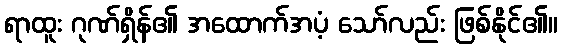
ရာထူး ဂုဏ်ရှိန်၏ အထောက်အပံ့ သော်လည်း ဖြစ်နိုင်၏။